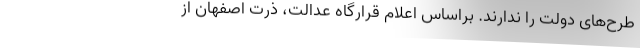
طرح‌های دولت را ندارند. براساس اعلام قرارگاه عدالت، ذرت اصفهان از